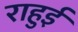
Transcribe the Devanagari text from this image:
राहुई